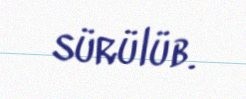
sürülüb.